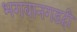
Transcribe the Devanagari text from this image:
भगवानगडही